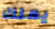
يملك